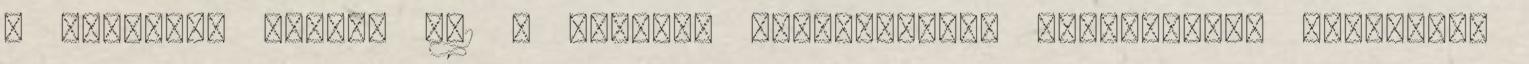
3 Függvény esetén 3.1 A sorozat határértékét felhasználó definíció